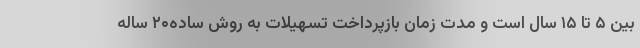
بین ۵ تا ۱۵ سال است و مدت زمان بازپرداخت تسهیلات به روش ساده۲۰ ساله